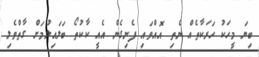
ބިޔަ މީހަކު ހަރަކާތެއް ނެތި އޮއްވައި ފެނިގެން އެއީ ކާކުތޯ ބަލައިލުމަށް ގާތްވެލި